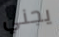
يجني